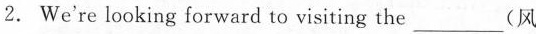
2.We're looking forward to visiting the___(风